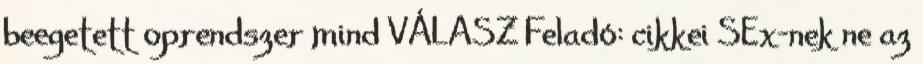
beegetett oprendszer mind VÁLASZ Feladó: cikkei SEx-nek ne az